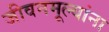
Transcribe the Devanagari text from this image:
जीवनमूल्यांना